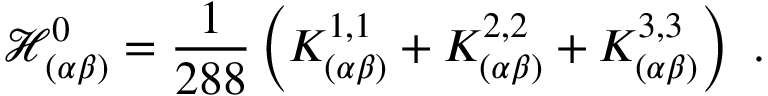
\mathcal { H } _ { ( \alpha \beta ) } ^ { 0 } = \frac { 1 } { 2 8 8 } \left( K _ { ( \alpha \beta ) } ^ { 1 , 1 } + K _ { ( \alpha \beta ) } ^ { 2 , 2 } + K _ { ( \alpha \beta ) } ^ { 3 , 3 } \right) ~ .